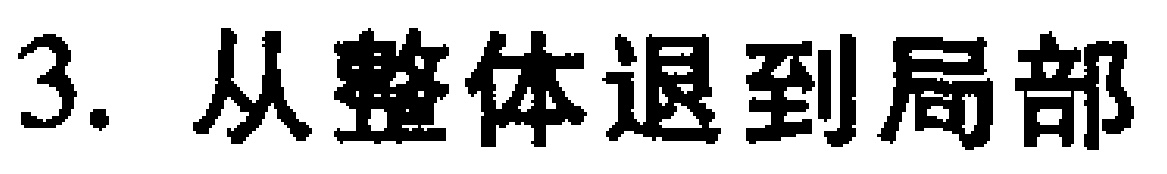
3. 从整体退到局部